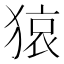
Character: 𤠆